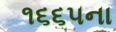
૧૬૬૫ના